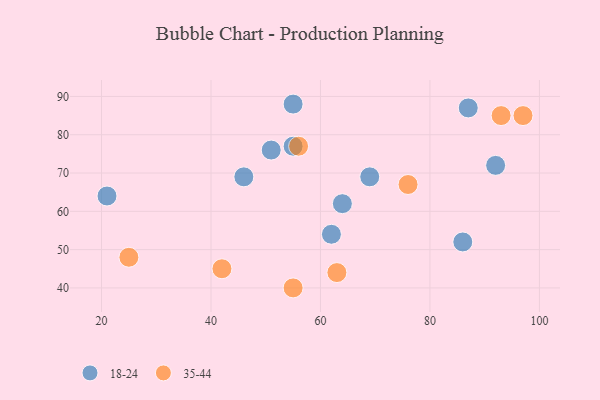
{"axis": {"x": "GDP", "y": "Life Expectancy"}, "legend": ["18-24", "35-44"], "data": [{"x": "55", "y": 77, "type": "18-24"}, {"x": "51", "y": 76, "type": "18-24"}, {"x": "64", "y": 62, "type": "18-24"}, {"x": "46", "y": 69, "type": "18-24"}, {"x": "86", "y": 52, "type": "18-24"}, {"x": "92", "y": 72, "type": "18-24"}, {"x": "55", "y": 88, "type": "18-24"}, {"x": "69", "y": 69, "type": "18-24"}, {"x": "62", "y": 54, "type": "18-24"}, {"x": "87", "y": 87, "type": "18-24"}, {"x": "21", "y": 64, "type": "18-24"}, {"x": "25", "y": 48, "type": "35-44"}, {"x": "97", "y": 85, "type": "35-44"}, {"x": "76", "y": 67, "type": "35-44"}, {"x": "55", "y": 40, "type": "35-44"}, {"x": "42", "y": 45, "type": "35-44"}, {"x": "56", "y": 77, "type": "35-44"}, {"x": "63", "y": 44, "type": "35-44"}, {"x": "93", "y": 85, "type": "35-44"}]}